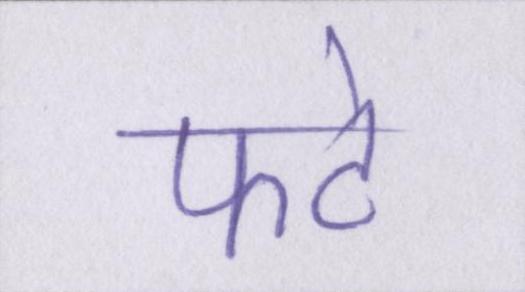
फटे